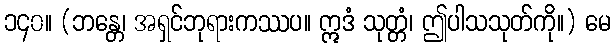
၁၄၀။ (ဘန္တေ၊ အရှင်ဘုရားကဿပ။ ဣဒံ သုတ္တံ၊ ဤပါသသုတ်ကို။) မေ